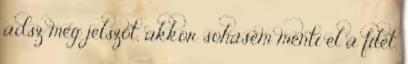
adsz meg jelszót, akkor sohasem menti el a filet.